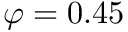
\varphi = 0 . 4 5